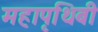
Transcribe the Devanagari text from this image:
महापृथिबी